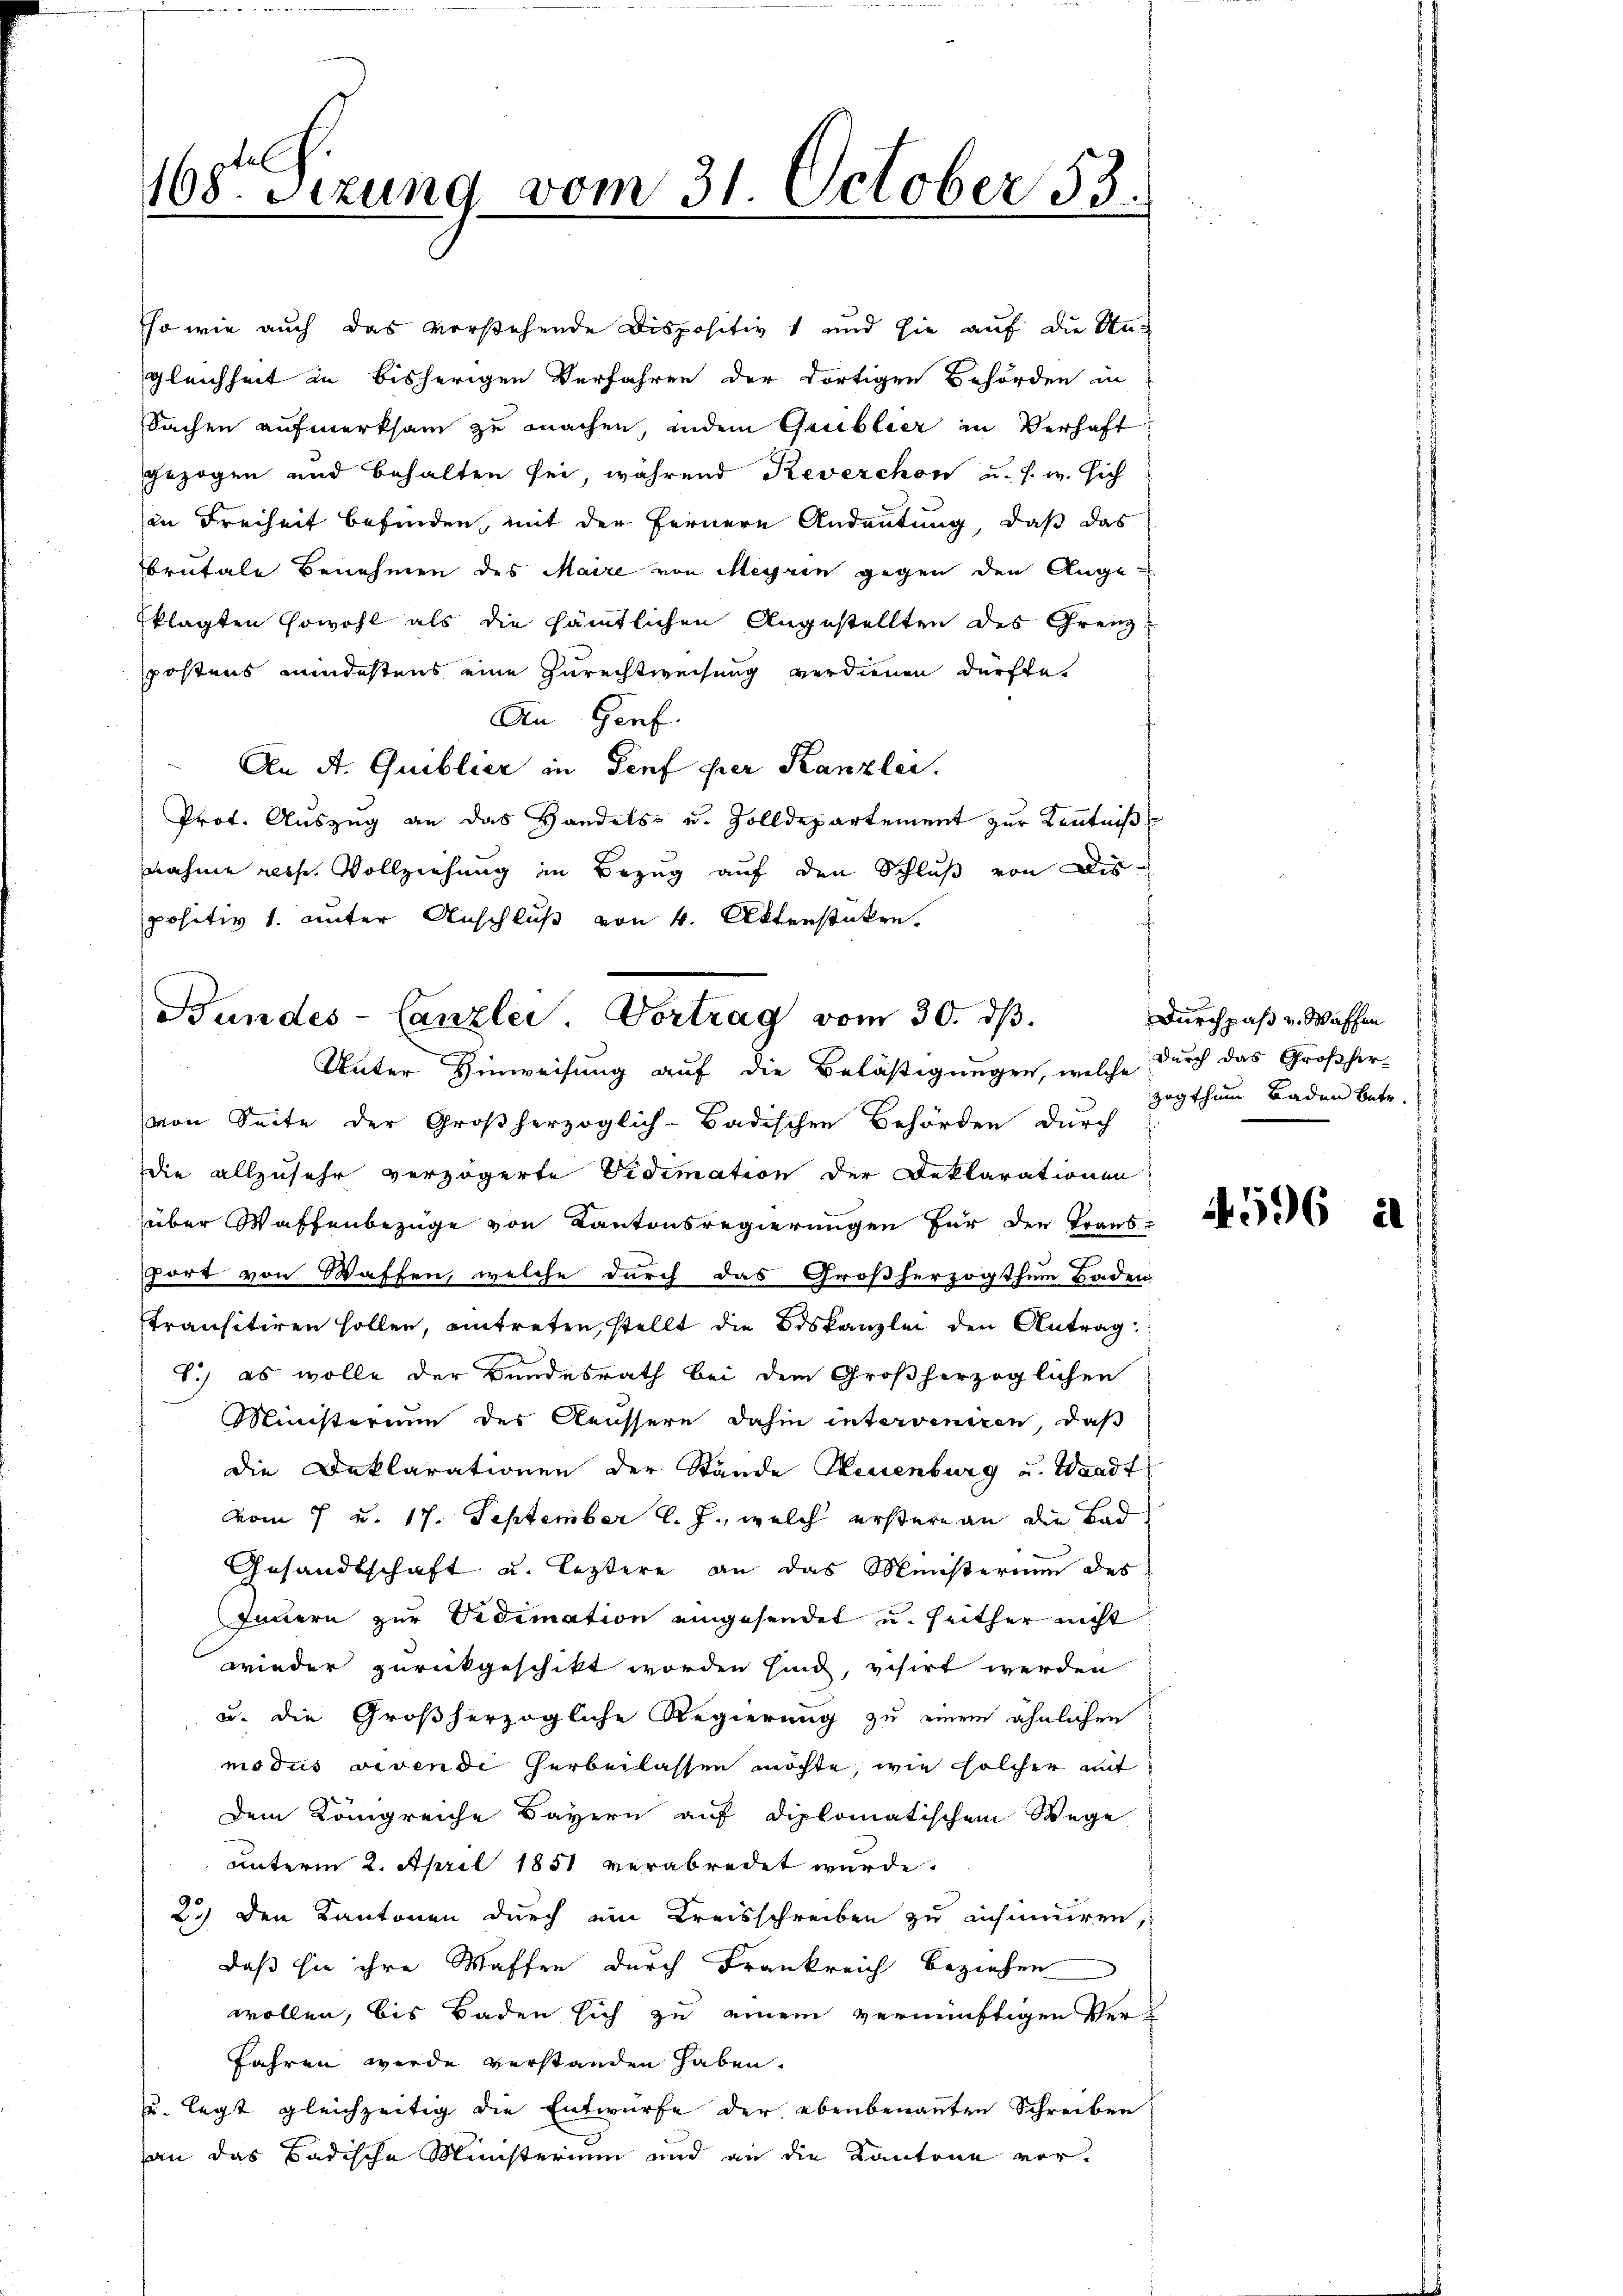
168. Sizung vom 31. October 53.

so wie auch das vorstehende Dispositiv 1 und sie auf die An-
gleichheit in bisherigen Verfahren der dortigen Behörden in
Sachen aufmerksam zu machen, indem Grueblier in Verhaft
gezogen und behalten sei, während Reverchon u. s. w. sich
in Freiheit befinden, mit der Fernere Andeutung, daß das
brutale Benehmen des Maire von Meyrin gegen den Angeklagten sowohl als die sämtlichen Angestellten des Grenzpostens mindestens eine Zurechtweisung verdienen dürfte.
An Genf.
An A. Quiblick in Genf per Kanzlei.
Prof. Auszug an das Handels- u. Zolldepartement zur Kenntniß
nahme resp. Vollziehung in Bezug auf den Schluß von Dis-
positiv 1. unter Anschluß von 4. Aktenstüken.
von Seite der Großherzoglich-Badischen Behörden durch
die allzusehr verzögerte Vidimation der Deklarationen
über Waffenbezüge von Kantonsregierungen für der Traus-
port von Waffen, welche durch das Großherzogthum Baden
transitiren sollen, eintreten, stellt die Beskanzlei den Antrag
8.) es wolle der Bundesrath bei dem Großherzoglichen
Ministerium des Aeussere dahin interveniren, daß
die Deklarationen der Stände Neuenburg u. Waadt
vom 7 u. 17. September l. J., welch erstere an die Bad
Gesandtschaft u. leztere an das Ministerium des
Innern zur Vidimation eingesendet u. seither nicht
wieder zurückgeschikt worden sind, visirt werden
u. die Großherzogliche Regierung zu einem ähnlichen
modus vivendi herbeilassen möchte, wie solcher mit
dem Königreiche Bayern auf diplomatischem Wege
unterm 2. April 1851 verabredet wurde.
25) den Kantonen durch ein Kreisschreiben zu insinuiren,
daß sie ihre Waffen durch Frankreich beziehen
wollen, bis Baden sich zu einem vernünftigen Ver¬
Jahren werde verstanden haben.
u. legt gleichzeitig die Entwurfe der ebenbenannten Schreiben
an das Badische Ministerium und an die Kantone vor¬

Bundes-Canzlei. Vortrag vom 30. dβ.
Unter Hinweisung auf die Belästigungen, welche durch das Großher-

Durchpaß v. Waschen
zogthum Baden betr.

4596 is